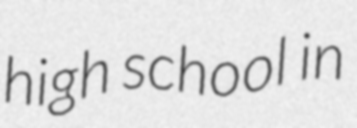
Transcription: high school in